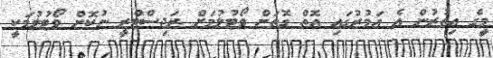
މީގެ އިތުރުން އެ އަމުރުގައި އޮތް ގޮތަށް ވޯޓުލުމަށް ރަޖިސްޓްރީ ނުކޮށް ވޯޓުލުމަކީ